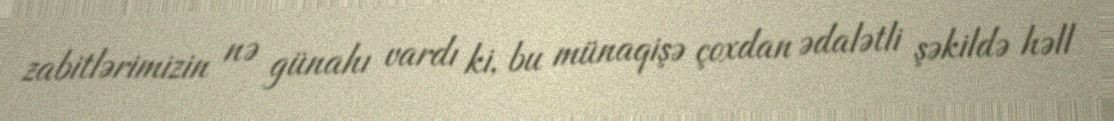
zabitlərimizin nə günahı vardı ki, bu münaqişə çoxdan ədalətli şəkildə həll